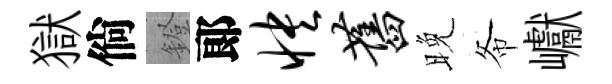
獄倘鐙郞怏旧晚𢁙巘